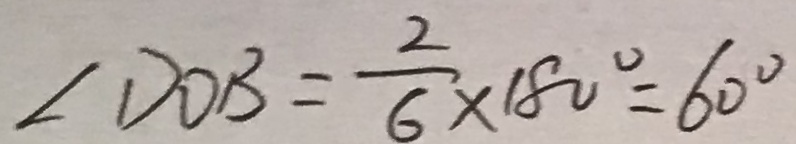
\angle D O B = \frac { 2 } { 6 } \times 1 8 0 ^ { \circ } = 6 0 ^ { \circ }